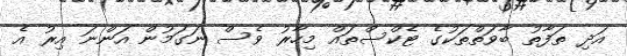
އަދި ތަފާތު ބާވަތްތަކުގެ ޓެކްސްތައް މިހާރު ވެސް ނަގަމުން އަންނަ އިރު އެ